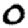
Digit: 0